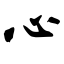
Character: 心